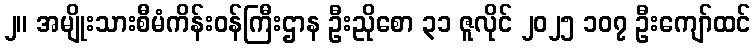
၂။ အမျိုးသားစီမံကိန်းဝန်ကြီးဌာန ဦးညိုစော ၃၁ ဇူလိုင် ၂၀၂၅ ၁၀၇ ဦးကျော်ထင်